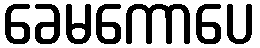
ခေမကောပေ